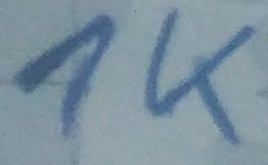
Text: 1K